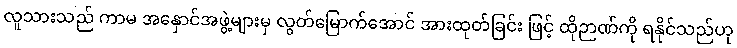
လူသားသည် ကာမ အနှောင်အဖွဲ့များမှ လွတ်မြောက်အောင် အားထုတ်ခြင်း ဖြင့် ထိုဉာဏ်ကို ရနိုင်သည်ဟု